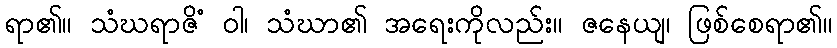
ရာ၏။ သံဃရာဇိံ ဝါ၊ သံဃာ၏ အရေးကိုလည်း။ ဇနေယျ၊ ဖြစ်စေရာ၏။